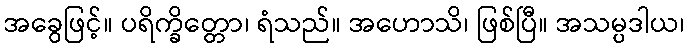
အခွေဖြင့်။ ပရိက္ခိတ္တော၊ ရံသည်။ အဟောသိ၊ ဖြစ်ပြီ။ အသမ္ပဒါယ၊